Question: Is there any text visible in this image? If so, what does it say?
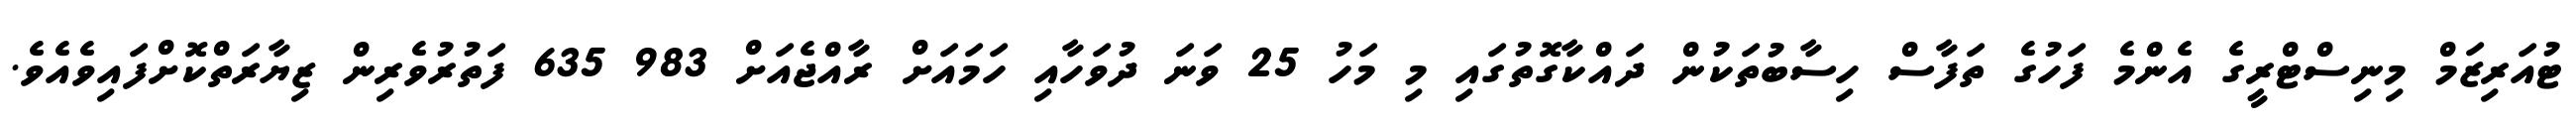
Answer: ޓުއަރިޒަމް މިނިސްޓްރީގެ އެންމެ ފަހުގެ ތަފާސް ހިސާބުތަކުން ދައްކާގޮތުގައި މި މަހު 25 ވަނަ ދުވަހާއި ހަމައަށް ރާއްޖެއަށް 983 635 ފަތުރުވެރިން ޒިޔާރަތްކޮށްފައިވެއެވެ.